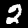
Label: 2